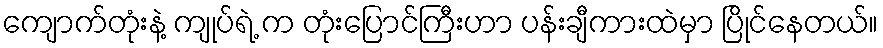
ကျောက်တုံးနဲ့ ကျုပ်ရဲ့ က တုံးပြောင်ကြီးဟာ ပန်းချီကားထဲမှာ ပြိုင်နေတယ်။